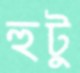
হুটু